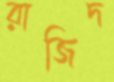
রাজিদ